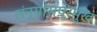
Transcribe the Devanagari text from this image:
संन्यासप्रमुख